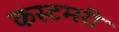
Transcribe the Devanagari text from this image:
कस्टमरी